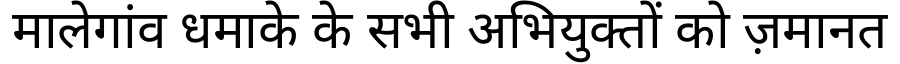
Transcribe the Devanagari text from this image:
मालेगांव धमाके के सभी अभियुक्तों को ज़मानत